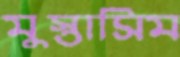
মুস্তাসিম